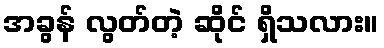
အခွန် လွတ်တဲ့ ဆိုင် ရှိသလား။